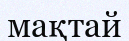
мақтай